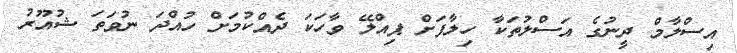
އިސްލާމް ދީނުގެ އަސްލުތަކާ ހިލާފަށް ޕިއްލޭ ވާހަކަ ދެއްކުމަށް ހުއްދަ ނުވަތަ ޝުއޫރު